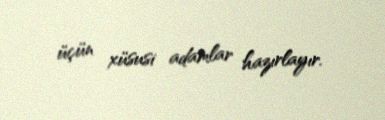
üçün xüsusi adamlar hazırlayır.